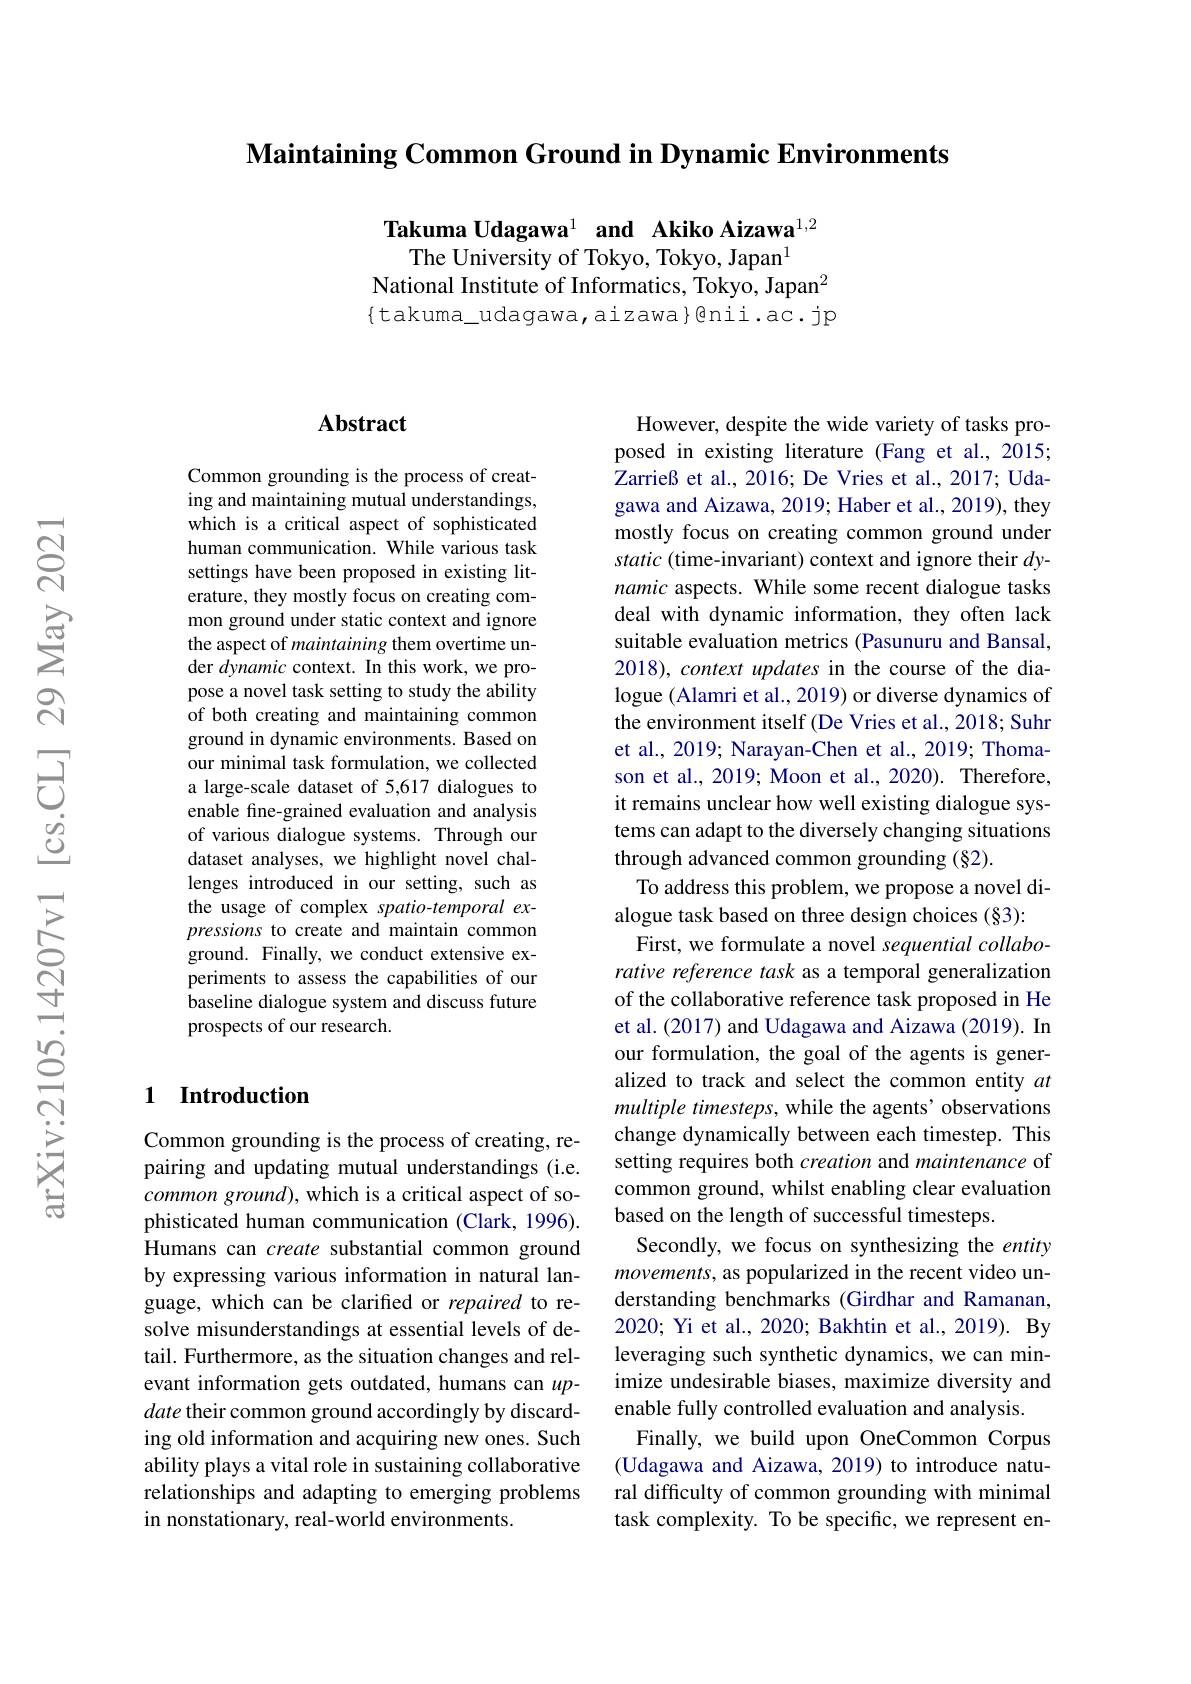
$\textbf{Maintaining Common Ground in Dynamic Environments}$

Takuma Udagawa$^{1}$ and Akiko Aizawa$^{1,2}$
The University of Tokyo, Tokyo, Japan$^{1}$
National Institute of Informatics, Tokyo, Japan$^{2}$ $\{$takuma\_udagawa,aizawa}@nii.ac.jp

### $\mathbf{Abstract}$

Common grounding is the process of creating and maintaining mutual understandings, which is a critical aspect of sophisticated human communication. While various task settings have been proposed in existing literature, they mostly focus on creating common ground under static context and ignore the aspect of maintaining them overtime under dynamic context. In this work, we propose a novel task setting to study the ability of both creating and maintaining common ground in dynamic environments. Based on our minimal task formulation, we collected a large-scale dataset of 5,617 dialogues to enable fine-grained evaluation and analysis of various dialogue systems. Through our dataset analyses, we highlight novel challenges introduced in our setting, such as the usage of complex spatio-temporal expressions to create and maintain common ground. Finally, we conduct extensive experiments to assess the capabilities of our baseline dialogue system and discuss future prospects of our research.

### 1 Introduction

Common grounding is the process of creating, repairing and updating mutual understandings (i.e. $commonground)$, which is a critical aspect of sophisticated human communication (Clark, 1996). Humans can create substantial common ground by expressing various information in natural language, which can be clarified or repaired to resolve misunderstandings at essential levels of detail. Furthermore, as the situation changes and relevant information gets outdated, humans can $up-$ date their common ground accordingly by discarding old information and acquiring new ones. Such ability plays a vital role in sustaining collaborative relationships and adapting to emerging problems in nonstationary, real-world environments.

However, despite the wide variety of tasks proposed in existing literature (Fang et al.,2015; Zarrieß et al., 2016; De Vries et al., 2017; Udagawa and Aizawa, 2019; Haber et al., 2019), they mostly focus on creating common ground under static (time-invariant) context and ignore their $dy$- namic aspects. While some recent dialogue tasks deal with dynamic information, they often lack suitable evaluation metrics (Pasunuru and Bansal, 2018), context updates in the course of the dialogue (Alamri et al., 2019) or diverse dynamics of the environment itself (De Vries et al., 2018; Suhr et al., 2019; Narayan-Chen et al., 2019; Thomason et al., 2019; Moon et al., 2020). Therefore, it remains unclear how well existing dialogue systems can adapt to the diversely changing situations through advanced common grounding (§2).
To address this problem, we propose a novel di-
alogue task based on three design choices (§3):
First, we formulate a novel sequential collaborative reference task as a temporal generalization of the collaborative reference task proposed in He et al. (2017) and Udagawa and Aizawa (2019). In our formulation, the goal of the agents is generalized to track and select the common entity $at$ multiple timesteps, while the agents’ observations change dynamically between each timestep. This setting requires both creation and maintenance of common ground, whilst enabling clear evaluation based on the length of successful timesteps.
Secondly, we focus on synthesizing the entity movements, as popularized in the recent video understanding benchmarks (Girdhar and Ramanan, 2020; Yi et al., 2020; Bakhtin et al., 2019). By leveraging such synthetic dynamics, we can minimize undesirable biases, maximize diversity and enable fully controlled evaluation and analysis.
Finally, we build upon OneCommon Corpus (Udagawa and Aizawa, 2019) to introduce natural difficulty of common grounding with minimal task complexity. To be specific, we represent en-